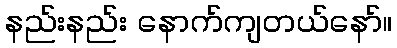
နည်းနည်း နောက်ကျတယ်နော်။